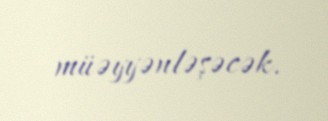
müəyyənləşəcək.